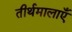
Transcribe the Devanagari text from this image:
तीर्थमालाएँ